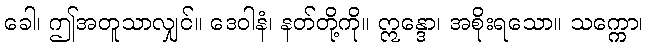
ခေါ၊ ဤအတူသာလျှင်။ ဒေဝါနံ၊ နတ်တို့ကို။ ဣန္ဒော၊ အစိုးရသော။ သက္ကော၊